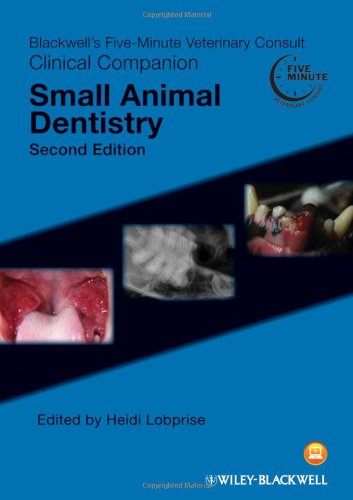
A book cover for Blackwell's Five-Minute Veterinary Consult Clinical Companion: Small Animal Dentistry; Medical Books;